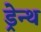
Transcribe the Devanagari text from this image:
ड्रेन्थ